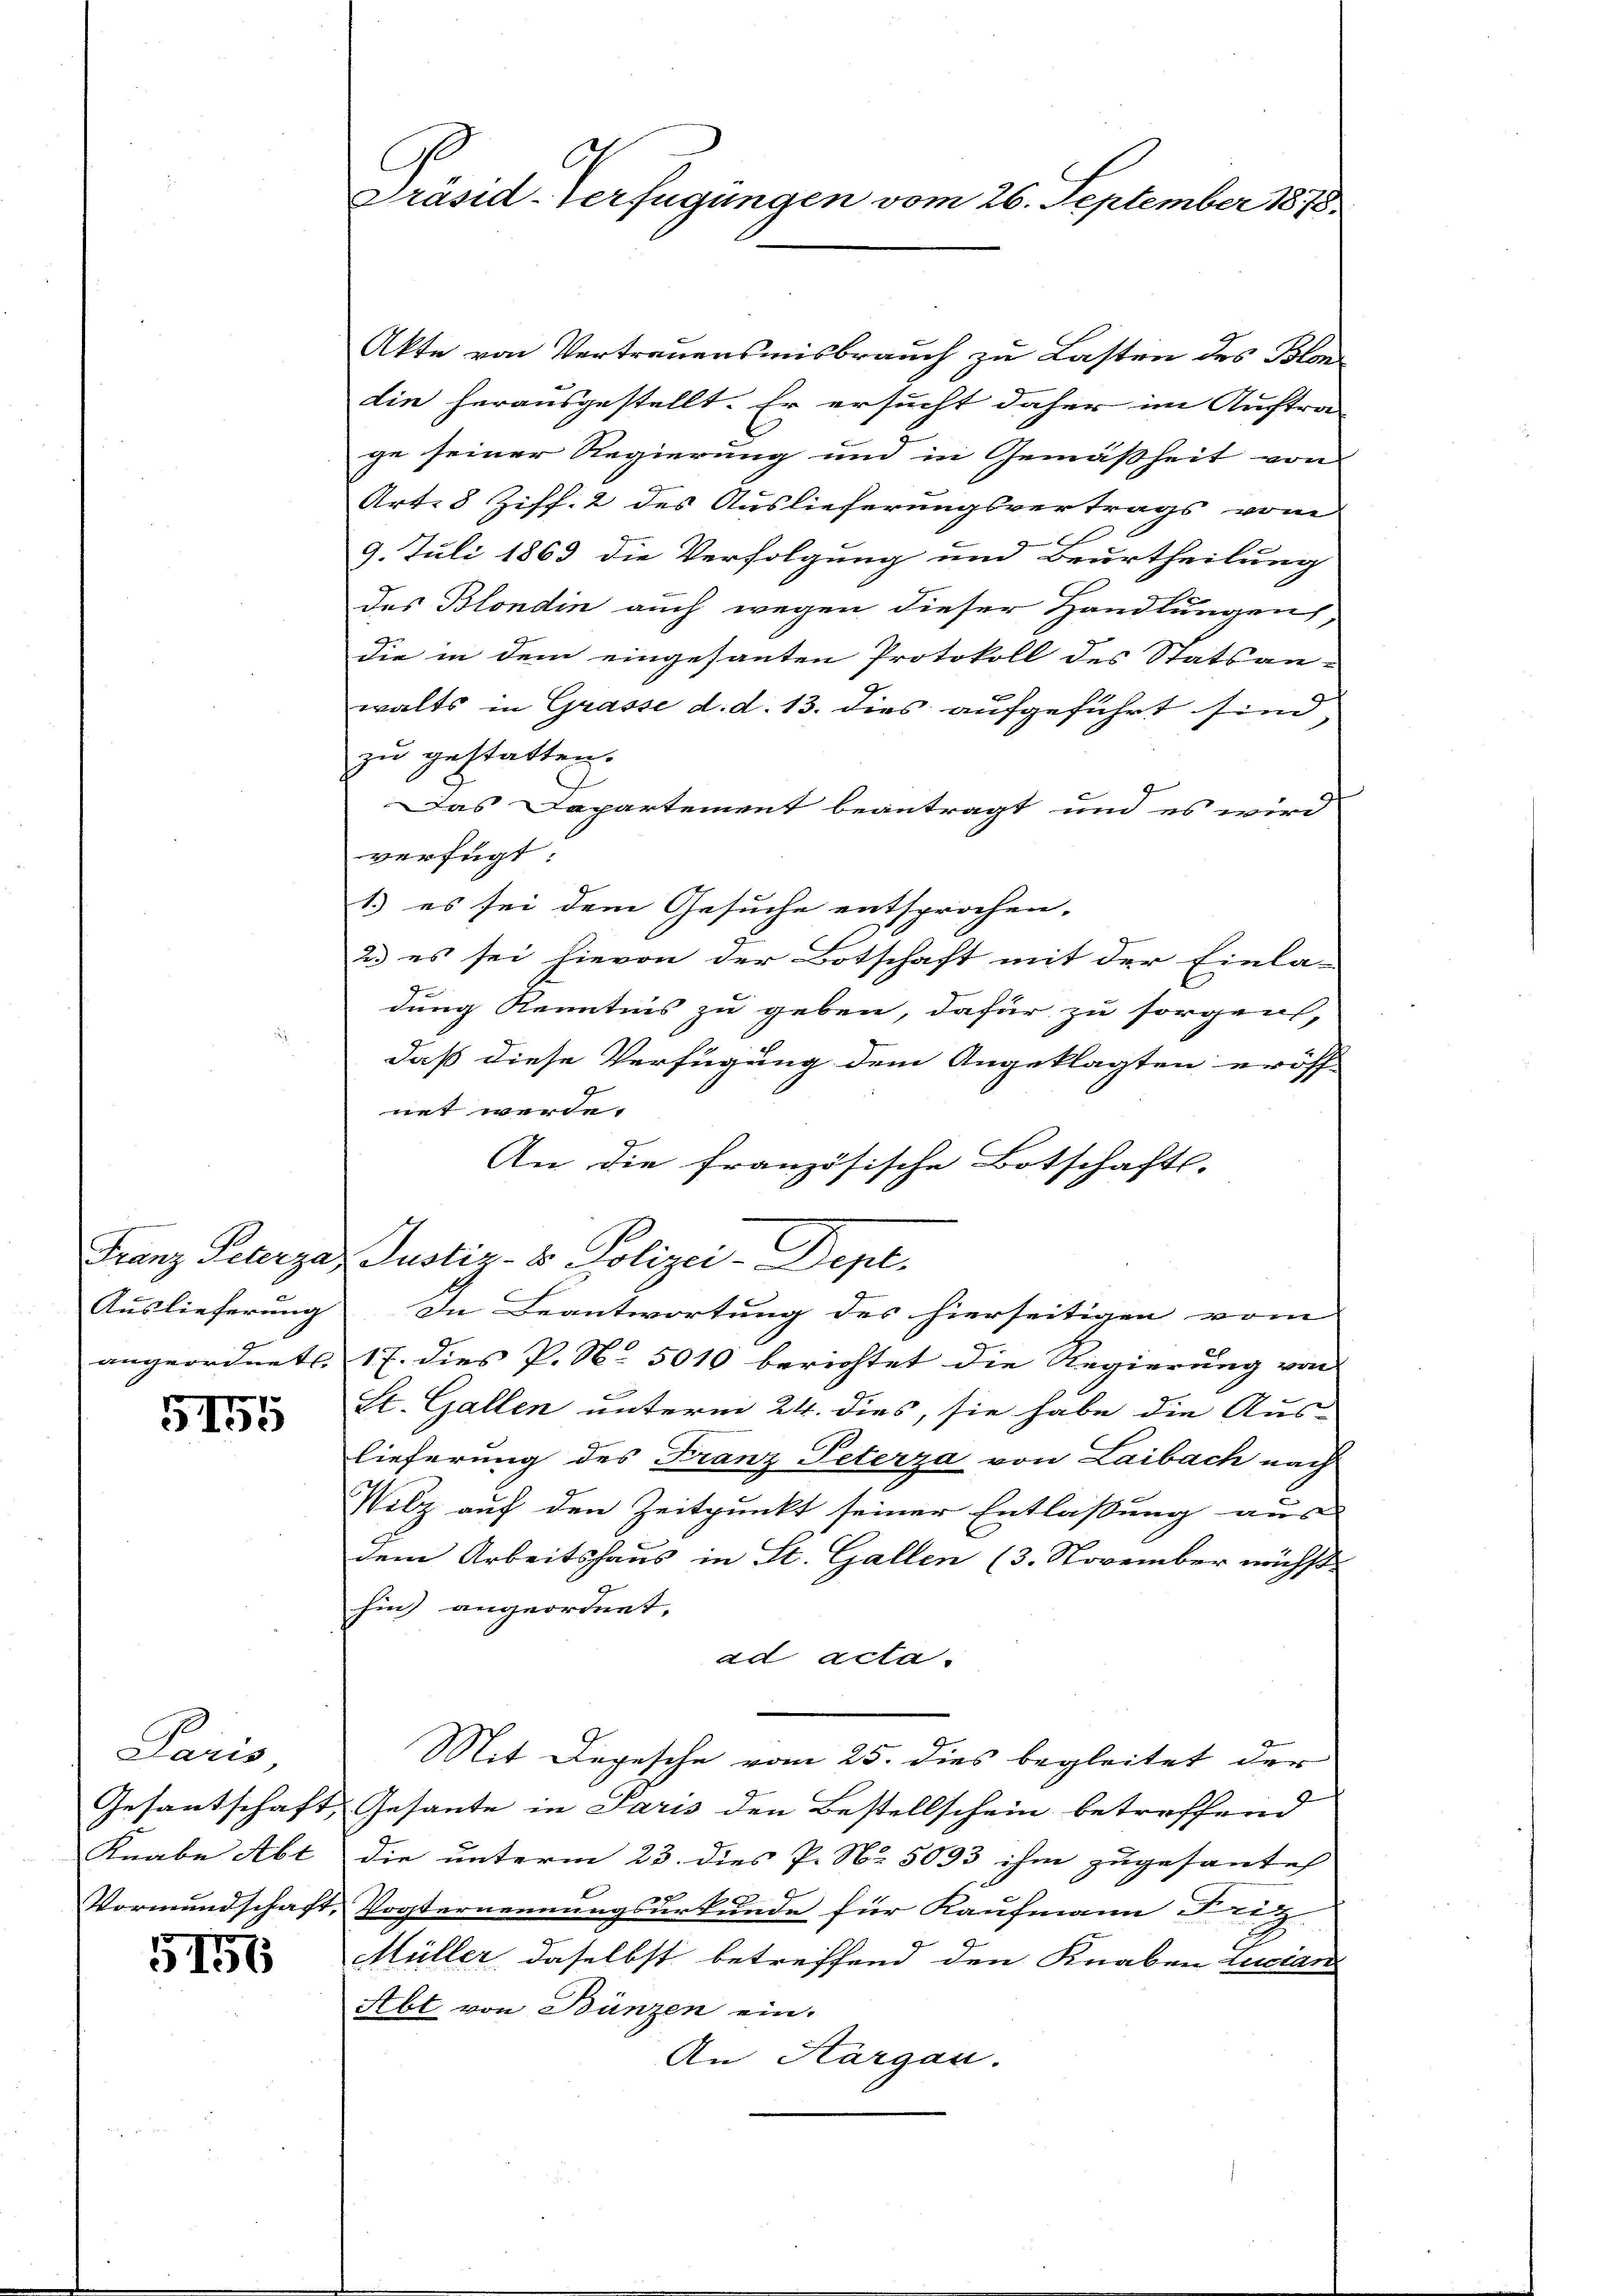
Franz Peterza,
Auslieferung
angeordnet.

5155

Paris,
Gesantschaft
Knabe Abt
Vormundschaft

5156

C
Präsid-Verfügungen vom 26. September 1878

Akte von Vertrauensmisbrauch zu Lasten des Blondie herausgestellt. Er ersucht daher im Auftra-
ge seiner Regierung und in Gemäßheit von
Art. 8 Ziff. 2 des Auslieferungsvertrags vom
9. Juli 1863 die Verfolgung und Beurtheilung
des Blondin auch wegen dieser Handlungen,
die in dem eingesanten Protokoll des Statsan-
c
walts in Grasse d. d. 13. dies aufgeführt sind,
zu gestatten.
Das Dapartement beantragt und es wird
verfügt
1.) es sei dem Gesuche entsprochen.
2. es sei hievon der Botschaft mit der Einla-
J
dung Kenntnis zu geben, dafür zu sorgen,
daß diese Verfügung dem Angeklagten eröff-
net werde.
An die französische Botschafts-
Justiz- & Polizei-Dept.
In Beantwortung des hierseitigen vom
17. dies P. N. 5010 berichtet die Regierung von
St. Gallen unterm 24. dies, sie habe die Aus-
lieferung des Franz Peterza von Laibach nach
Wilz auf den Zeitpunkt seiner Entlaßung aus-
dem Arbeitshaus in St. Gallen (3. November nächst
hin) angeordnet,
ad acta.
Mit Depesche vom 25. dies begleitet der
Gesante in Paris den Bestellschein betreffend
die unterm 23. dies P. Nr. 5093 ihm zugesantet
Vogternennungsurkunde für Kaufmann Fritz
Müller daselbst betreffend den Knaben Lucian
Abt von Bünzen ein.
An Aargau.